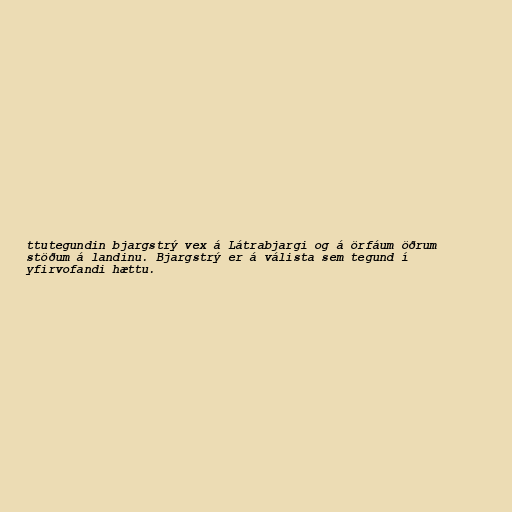
ttutegundin bjargstrý vex á Látrabjargi og á örfáum öðrum
stöðum á landinu. Bjargstrý er á válista sem tegund í
yfirvofandi hættu.